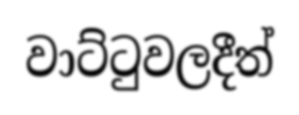
වාට්ටුවලදීත්